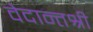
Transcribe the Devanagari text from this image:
वेदान्तश्री